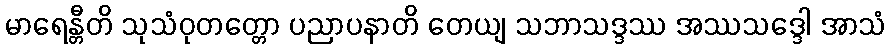
မာရေန္တီတိ သုသံဝုတတ္တော ပညာပနာတိ တေယျ သဘာသဒ္ဒဿ အဿသဒ္ဒေါ အာသံ